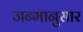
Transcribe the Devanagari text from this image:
जन्मानुसार